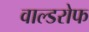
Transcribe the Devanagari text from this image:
वाल्डरोफ